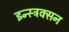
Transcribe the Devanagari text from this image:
इन्स्ट्रक्सन